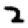
Digit: 2